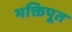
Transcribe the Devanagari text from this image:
भक्तिपूत